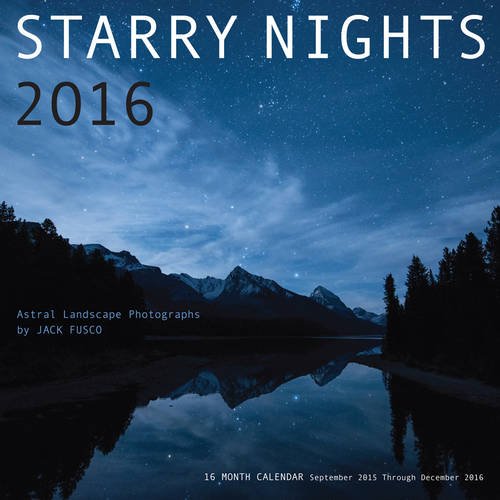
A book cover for Starry Nights 2016 - Astral Landscape Photography by Jack Fusco: 16-Month Calendar September 2015 through December 2016; Calendars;